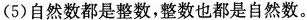
(5) 自然数都是整数，整数也都是自然数。